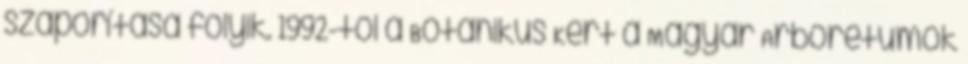
szaporítása folyik. 1992-től a Botanikus Kert a Magyar Arborétumok